Medical and sanitary report on the native army of Bombay for the year
Year: 1878
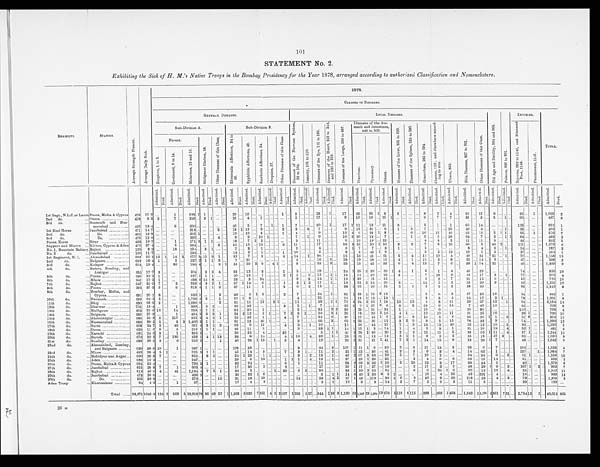
101
STATEMENT No. 2,
Exhibiting the Sick of H. M.'s Native Troops in the Bombay Presidency for the Year 1878, arranged according to authorized Classification and Nomenclature.
REGIMENT.
STATION.
A v e r a g e S t r e n g t h P r e s e n t .
A v e r a g e D a i l y S i c k .
1878.
CLASSES OF DISEASES.
GENERAL DISEASES.
LOCAL DISEASES.
O l d A g e a n d D e b i l i t y , 9 0 4 a n d 9 0 5 .
P o i s o n s , 9 0 6 t o 9 9 1 .
INJURIES.
TOTAL.
Sub-Division A.
Sub-Division B.
D i s e a s e s o f t h e N e r v o u s S y s t e m ,
59 t o 104.
I n s a n i t y , 1 0 5 t o 1 1 0 .
D i s e a s e s o f t h e E y e , 1 1 1 t o 1 8 5 .
D i s e a s e s o f t h e H e a r t , 2 1 9 t o 2 4 4 ,
a n d 2 5 0 t o 2 5 8 .
D i s e a s e s o f t h e L u n g s , 2 9 0 t o 3 3 7 .
Diseases of the Sto-
mach and Intestines,
449 to 500.
D i s e a s e s o f t h e L i v e r , 5 0 1 t o 5 2 0 .
D i s e a s e s o f t h e S p l e e n , 5 2 4 t o 5 3 0 .
G o n o r r h œ a , 5 8 5 t o 5 9 4 .
A b s c e s s , 8 1 9 ; a n d e l s e w h e r e a c c o r d -
i ng t o si t e.
U l c e r s , 8 5 9 .
S k i n D i s e a s e s , 8 2 7 t o 9 0 1 .
O t h e r D i s e a s e s o f t h i s C l a s s .
I n j u r i e s , 9 9 2 t o 1 1 4 6 , a n d B l i s t e r e d
F e e t , 1 1 4 8 .
P u n i s h m e n t , 1 1 4 7 .
Fevers.
M a l i g n a n t C h o l e r a , 1 8 .
O t h e r D i s e a s e s o f t h i s C l a s s .
R h e u m a t i c A f f e c t i o n s , 3 4 t o
4 2 .
S y p h i l i t i c A f f e c t i o n s , 4 3 .
S c o r b u t i c A f f e c t i o n s , 5 4 .
Dr ops i es , 57.
O t h e r D i s e a s e s o f t h i s C l a s s .
D i a r r h œ a .
D y s e n t e r y .
O t h e r s .
E r u p t i v e , 1 t o 5 .
C o n t i n u e d , 6 t o 1 4 .
M a l a r i o u s , 1 5 a n d 1 6 .
A d m i t t e d .
D i e d .
A d m i t t e d .
D i e d .
A d m i t t e d .
D i e d .
A d m i t t e d .
D i e d .
Admi t t ed.
Di ed.
A d m i t t e d .
D i e d .
Admi t t ed.
D i e d .
Admitted.
D i e d .
Admi t t ed.
D i e d .
Admi t t ed.
D i e d .
Admi t t ed.
D i e d .
A d m i t t e d .
Di ed.
A d m i t t e d .
D i e d .
A d m i t t e d .
D i e d .
A d m i t t e d .
D i e d .
A d m i t t e d .
D i e d .
A d m i t t e d .
Di ed.
A d m i t t e d .
D i e d .
A d m i t t e d .
D i e d .
A d m i t t e d .
D i e d .
A d m i t t e d .
D i e d .
A d m i t t e d .
D i e d .
A d m i t t e d .
Died.
A d m i t t e d .
D i e d .
A d m i t t e d .
Di e d .
A d m i t t e d .
D i e d .
A d m i t t e d .
D i e d .
A d m i t t e d .
D i e d .
A d m i t t e d .
D i e d .
A d m i t t e d .
D i e d .
1st Regt., N.L.C. or Lanrs Poona, Malta & Cyprus
479 17.9 ... ...
1 ...
693 1 1
. . . ... ...
20
. . . 10 ...
...
. . .
... . . .
1
. . .
3
. . . . . .
...
18
. . .
1
. . .
17
. . . 2 3
. . .
8 5 1
3 . . .
5 . . .
. . . . . . 8
. . .
2 . . .
4 ... 26
. . . 1 5 . . .
9 . . . . . . . . .
9 3 . . .
1
. . .
1 , 0 3 9
2
2nd do.
... Poona
478
8.3 2 ...
7 ...
2 4 9 . . . 3 1 ... ...
1 6 ...
4
. . . 1 ... ... . . . ... ...
2
... ... ...
17
...
...
...
9
...
1 0 ... 1 6 ...
2 5 1
. . . ... ... ...
6 ...
7 ...
7 ...
3 3
...
3 . . .
3 . . . 1 . . .
6 6 ...
. . . ...
4 8 7
3
3rd do.
... Neemuch and Nus-
seerabad
4 5 5 18 .4
. . . . . .
6
. . .
606
. . . . . . . . .
... ...
46
. . .
5
. . . 7
. . .
1
. . . 1
. . .
7 . . .
. . .
... 30
... 1 ...
1 7
1 11 ... 18 ... 21 . . . 3 ... ... ...
5 ...
1 ...
1 ...
6 6
...
1 4 . . .
. . . ... . . . . . .
1 2 5 . . . ... ...
9 9 2
1
1st Sind Horse
... Jacobabad .............
471 14. 7 ... ... ...
...
2 1 3 ...
. . . ... 2 ...
1 3 1 13
. . . 9
. . .
... . . . 2
. . .
8 ... 4 ... 7
. . . . . . . . .
9 . . 15 ...
3 1 ...
8 ...
1 ...
5
. . . 7 ... 1
. . . 2 5 ...
4 9
...
4 . . .
. . . . . . 1 . . .
5 3 . . . ...
. . .
4 8 0
1
2nd do.
...
Do.
465 18 . 8 ...
. . .
. . . . . . 265 1
. . . . . . ... ...
10
. . . 10
. . . 3
. . .
... . . . 1
. . . 4
. . . . . .
... 9
. . . . . . . . .
1 2 4
6 ...
2 3 1 8 ...
. . . ...
6 ...
1 6 ...
1 5 ...
4 6 ...
6 2
...
1 2 . . .
5 1 1 ...
55
. . . 1
. . .
5 7 0
7
3rd do.
...
Do.
476 12 . 6
. . . . . .
...
. . . 200
. . . ... ...
4
...
3
...
9
...
10 1
...
. . . ... ...
7 . . . 1 ...
9
. . . ... ...
10
3
3 0 ...
1 8 ...
7 ... ... ...
1 ...
9 ... 5 . . .
2 8
64 ...
7 . . .
2 . . . 1 1
6 4 . . . . . . . . .
4 8 9
5
Poona Horse
... Sirur
483 10 . 7
... ...
1
. . . 171 3 1
1 ... ...
1 8 ... 7
1 2
. . .
... ... ... ...
3 ... . . .
... 11 . . .
... ...
6 . . . 10 ... 19 ...
2 2 . . . ... ...
. . . ...
4 ...
4 ... 2 ...
1 1 . . . 1 1 . . .
5 . . . . . . ...
4 4 . . . ... . . .
3 5 2
5
Sappers and Miners ... Kirkee, Cyprus & Aden
470 27 . 4
...
. . .
5
...
684
. . . . . . . . . 2
...
65
. . . 13
. . . 15
. . .
... . . . 3
. .
1 1 . . . . . .
... 17 . . . . . . . . .
5 9 3
3 2 . . .
5 0 1
5 6 . . .
3
. . .
3
. . .
7 . . .
8 . . .
1 6
... 68
...
5 . . .
4 6 2 . . . . . .
1 1 1 ... ...
. . .
1 , 2 7 9
6
No. 1, Mountain Battery. Rajkot ..................
120
8.9
... ...
18
...
194
...
3 1
... ...
7
...
3
... 1
. . .
...
. . . ... ...
2 ...
...
... 4
. . .... ...
3 1
7 ...
7 ...
3 ...
1 ...
. . . ...
5 ...
. . . . . .
. . . ...
8
. . .
4 . . .
2 . . . 1 . . . 14
. . . ...
. . .
2 8 7
2
No. 2 do.
. . .
Jacobabad......... .....
166 11.7
... ... ...
...
193
. . . . . . . . . ... ...
14
...
5
... 1 ... ... ... 1 ...
1 0 . . . ...
...
2 . . .
...
...
8 . . . 3 ...
4 3 1
9 ...
. . . ... ... ...
2 ...
2 ...
1 2 ..
1 9
. . .
1 . . .
2
. . . . . . ..
2 7 ... ... ...
3 5 4
1
1 s t R e g i m e n t , N .
I . ... Ahmedabad
668 25 . 1 12 1
14 2
677 3 15 9 1 ...
32
...
7 ... 3
... ... ...
4
...
14
...
1
...
6 8
. . . . . . . .
1 5 ...
1 6 ... 41 ...
2 1 . . . 5 . . .
4
. . .
1 2 ...
1 0 ...
4 ..
4 9
...
2 4 . . .
3 1 ... 1 ...
7 7 ... ...
. . .
1 , 1 5 8
1 5
2 n d d o .
. . . Belgaum...............
632 18 . 4 1
. . .
2
. . . 227 2 1
1 3
...
7 ...
21
. . .
... ...
...
. . . ... ...
4 .. . . . ... 16 ... 3 ...
2 8... 19 ...
1 8 ...
1 6 ...
4 ..
1 ... 11 ...
2 . .
8 ...
5 2 . . . 14 . . . 3
. . . . . . . . .
47
. . . ...
. . .
5 0 8
3
3rd do.
... Kolapur
6 6 4 19 . 4 ... ...
80
...
786 4
. . . . . .
2 1
23
...
50 2 9
. . . 4 1
... ...
8
... . . .
...
23
. . .
2
...
23 ... 15 ... 4 5 ...
3 3 . . .
6
. . .
4
. . .
1 2 . . .
7 . . .
6 ... 30
1
7 4 ...
2 1 ... . . . ...
46
. . . ... . . .
1,309
9
4th do.
... Satara, Bombay, and
Assirgur
655 17 . 7 3
. . .
...
...
504
. . .
3 2 4
...
3 3
... 12
. . . 3
... ... . . .
1 . . .
5 . . .
...
... 18
... . . . ...
24
5 25
2 3 0 ...
2 0 1
4 ...
1 ...
6 ...
1 ...
4 ..
4 6 . . .
2 9 ..
. . . ... . . . . .
7 4 ... ...
. . .
8 5 0
1 0
5th do.
. . . Poona. . . . . . . . . . . . . . . . . . . . .
636 23.2
1
...
. . . . . . 657 1 1 1
... ...
20
...
12
...
1
. . . ... . . .
2 1
1 ... 1 ... 15 .. 1 1
1 3 . . .
1 4 . . . 20 ...
3 9 . . .
3 ...
. . . ...
7 ... 18 ...
9 ..
42
. . .
1 7 . . .
3 . . . 1 . . .
77
. . . ...
. . .
9 7 5
4
6th do.
. . . Mhow
641 17 . 2 1
... ... ...
488 6 14 8
... ...
28
...
3
...
24
. . .
...
. . .
. . . . . .
9
... 3 ... 14 ... 1 1
19
1
3 0 ...
1 5 ... 35 ...
. . . ... ... ...
5 ...
2 ...
7 ...
21
...
15
...
6 . . .
... . . .
5 5 .. ...
. . .
7 9 5 1 6
7th do.
. . . Rajkot.....................
647 31 . 6 7
...
2
...
938 4 3 2 1
...
37 1 14
...
6
... ... ... 1 ...
3 1 2
17 ... 1 . . . 18
. . .
2 3 2 3 4 ...
2 6 ...
3 ... ... ...
1 4 ...
5 ...
2 ...
23
...
2 0 ...
9 ... . . . ...
4 2 . . . ...
. . .
1 , 2 5 1
1 0
8th do.
. . . Poona
595 37 . 2 5 ...
8
. . .
918 4 1 1 2
...
37
. . . 11
. . .
1
.. .. ...
3 ...
6
. . . 3 ...
15
... . . . ...
3 8 3 25 . . . 30 ...
5 5 ...
5 ..
1 ...
2 ... 5 . . .
3 ...
5 8
... 20
...
. . . ... . . . . . .
9 3 ... ...
. . .
1 , 3 4 5
8
9th do.
... Bombay, Malta, and
Cyprus
691 20 . 1 8
. . .
...
...
350 1
. . . . . .
3
...
49
...
6 1 6
... ... . . .
2 ...
7
... . . . ... 24 ...
1 . . .
6 1 1
5 8 1 7 6 3 15 ...
. . . ...
. . . ...
5 ...
6 ... 3 ...
57 ...
3 5 ...
1 6
...
. . . . . .
5 4 ... ...
...
8 4 2
7
10th do.
... Neemuch
. .
659 64 . 5 5
...
. . . . . . 1,706 4 2
...
1
...
27 1 9
. . .
... ... ... ...
. . . ...
4 ... . . .
...
25 ... . . . ...
1 6 . . . 18 1 1 3 ... 13 1 ...
. . .
...
. . . 3
. . . 3 ...
4 ...
3 4 . . .
1 7 . . .
3 1 . . . . . .
7 8 . . . ...
. . .
1 , 9 8 1
8
11th do.
. . . Bhuj
630 68 . 6 2
...
...
...
1,686 6
. . . ...
2
...
51
. . . 11
. .
12
. . . 2 1
... ...
1 1 ... ... ... 39 . . . 1 1
7 9 3
2 4 2 2 5 1 18 . . .
1 0 ..
1 5 ...
4 ...
8 . . .
1 1 ...
2 9
...
37
...
1 2 . . . 1 . . .
9 4 ... ...
. . .
2 , 1 8 4
1 4
12th do.
. . .
Dharwar
702 18 . 4 ...
. . .
1
...
339
. . . 5 2
. . . ...
50
...
35
... ... ... ... . . . 3 ...
5
... 1 ... 7 ... . . . . . .
2 5 3
6 1 2 7 2
6 ...
3 ...
3 ...
2 4 ...
9 . . . 14 ...
7
...
4 0 ... 16 . . . ... . . .
8 2 . . . ...
. . .
7 0 8 8
13th do.
. . .
Malligaum
663 22 . 6 12 ... 14
...
258 1 1 1
... ...
35
...
30
...
1
. . .
... . . .
. . . . . .
2
... . . ....
35
...
2 2
3 8 . .
2 3 . . . 3 1 ...
2 4 . . .
1 . . .
. . . . . .
1 8 . . . 6 . . .
. . . ...
2 6 . . .
3 6 . . .
. . . . . . . . . . . .
1 1 0 . . . ...
. . .
7 0 3 4
14th do.
. . .
Belgaum
6 3 6 27 . 9
. . . . . .
1
...
4 3 4 2 2 2 1
...
2 3 2
12
...
2
1
...
. . . 7 2
5 1 ...
... 26 . . . 3 1
2 0 1
1 8 . . . 2 0 2
1 6 . . .
4 1 . . . . . .
1 0 . . . 1 0 . . . 1 1 ...
2 1 . . . 2 5 . . .
1 6 . . . . . . . . .
3 9 1 ...
. . .
7 2 6
1 6
15th do.
... Ahmednugur ............
686 23.9 2
...
117
...
355 2 4 2 1
...
52
. . .
32
...
1 . . .
... . . .
4 . . .
7
. . . . . .
...
33 .. 2 . .
2 6 1
1 7 . . . 4 5 1
7 . . .
9 . . . 3
. . .
1 4
. . .
5 .
2 ...
3 5 . . .
2 6 1
1
. . . 2 . . .
5 1 8 . . . . . .
8 5 3
1 5
16th do.
... Nusseerabad ............
683 80.5 5
...
3 3 1,400 3 1 1
...
91
...
13
...
46
1 ... ...
. . . . . .
3
. . . . . .
... 66
. . . 3 . . .
6 2 2
2 2
. . . 2 6 ..
1 5 . . .
3 2
9
. . .
8
. . .
5 . . 1 5 ..
7 8 . . . 3 3 . . . 9
. . . . . . . . .
7 4 . . . ...
. . .
1 , 9 9 0
1 2
17th do.
... Surat
668 24.7 3
...
46
. . . 661 4 3 1 3
...
69
...
6 ...
12
. . . ... ...
4
. . .
2
. . . 1 ...
10
. . . . . . . . .
1 5 . . .
5 6
. . . 4 4 ...
2 7 . . .
7 . . .
3
. . .
1 4
. . .
1 3 . .
4 9 ...
2 2 . . .
1 2 . . . 1 6 . . . 2 . . .
3 0 . . . ...
. . .
1 , 1 3 0
5
18th do.
. . .
Deesa......
629 11.0 9 ...
6 ...
210 1 1 1
... ...
25
...
11
...
2
... ... . . .
. . . . . .
2
. . . . . .
...
33 1 1 . . .
1 4 1
1 5
1 3 ...
1 4 . . .
1 . . .
4
. .
5
. . .
3 . . .
1 ...
3 1 . . .
1 6 . . .
1 8 . . . 4 . . .
5 2 1 ...
. . .
4 8 1
6
19th do.
. . .
Karachi
681 24.6 3 ...
1
...
835 5 ...
. . . ... ...
20
...
22
...
4
... ... . . . 22 . . .
. . . . . . . . .
... 5
. . . 1 1
4 1 3
2 8
1 3 0 ...
2 6 . . .
2 . . .
2
. . .
1 1 . . .
1 1 . . .
5 ...
3 8 . . .
6 5 1
1 1 . . . 4 . . .
5 7 1 ...
. . .
1 , 2 4 4
1 2
20th do.
... Baroda .........
670 22.5 7
. . . 186
. . . 458 1 4 1 13
...
3 8 ...
8
...
14
. . .
...
. . . 4
1
1 3
. . . 4 ...
3 9 . . . 1 . . .
2 3 2
3 1
. . . 1 3 ...
1 2 . . .
5 1
1
. . .
9 . . .
5
. . .
5 ...
3 3 . . .
1 5 . . .
2 7
3 . . . .
8 2 . . . ...
. . .
1 , 0 5 0
9
21st do.
... Bombay
693 29.6 3
...
6
...
652 2
. . . . . .
1
...
40
...
23 1 12
. . .
1 ...
3 . . .
4
. . . . . .
...
19 . . . . . . . . .
2 2 2
3 1
. . . 2 1 1
4 1 . . .
7 2
1
. . .
1 4 . . .
1 5 . . .
9 ...
3 3 . . .
2 9 1
7
. . . . . . . . .
4 8 . . . ... . . .
1 , 0 4 2
9
22nd do.
... Ahmedabad, Bombay,
and Belgaurn .........
626 38.6 10 ...
1
...
587 1
...
. . .
. . .
...
108
...
39
. . . ...
... ... ..
. . . . . .
3
. . . . . .
... 44
. . .
3 . . .
1 0 7 1
5 1
1 6 ...
3 5 . . .
2 . . .
3
. . .
1 1 . . .
1 3 . . .
3 ...
9 2 . . .
6 . . .
7
. . .
. . . . . .
1 9 2
. . .
...
. . .
1 , 3 2 3
3
23rd do.
... Mhow
682 28.4 5 1 ...
. . .
625 3 1
1 ... ...
45
...
14 .. 5
. . .
...
. . . 7 . . .
3
1 . . .
...
11 . . . 2 . . .
22
1
3 2
. . . 3 6 ...
4 1 . . .
2
. . .
2
. . .
9
. . .
3 . . .
4 ...
1 4 . . .
6 2 . . .
1
. . . . . . . . .
1 3 7 . . . 1
. . .
1 , 0 8 4
7
24th do.
... Mehidpur and Augar...
6 9 0 26.3 7
. . . ... ...
855
. . .
8
5 ... ...
2 4 1 23
. . . 1
1 ... . . .
. . . . . .
3
. . . 2 ... 13
. . . 1 . . .
4 6 2
6 7 3 3 8 ...
2 9 . . .
5 . . .
7
. . .
1 0 . . .
2 . . .
. . . ...
2 4 . . .
2 4 . . . 6
. . . 2 . . .
6 1 1 ... . . .
1 , 2 5 8
1 3
25th do.
... Aden
688 15.3
. . . ... ...
...
247
. . . . . . . . . ... ...
29
. . .
5
...
10
. . . ... ...
1
1
1
. . . 4 ... 13
. . . 1 . . .
2 7 . . .
3 9
1 2 9 ...
2 5 . . .
. . . . . .
2
. . .
4
. . .
6 . . .
6
...
6 3 . . .
1 6 . . .
1 4
. . . . . . . . .
5 1 . . .
. . . . . .
5 9 3
2
26th do.
... Poona, Malta & Cyprus
694 25.4 ... ... ...
...
795 3 1
... ... ...
32
...
24
...
... . . .
...
. . .
6 . . .
1
. . . . . .
... 11
. . . . . . . . .
6 3 2
6 9
3 9 2 1
1 0 . . .
5
. . .
1 0
. . .
2 2 . . .
3 . . .
1 7 ...
3 9 . . .
3 4 . . .
5
. . . . . . . . .
4 0 . . . ... . . .
1 , 2 7 9
9
27 th do.
... Jacobabad. ......... ......
655 28.8 7 ...
1 ...
605 4
. . . ... ... ...
17
...
36
...
2
... ... . . .
2 . . .
. . .
. . . . . .
... 17
. . . . . . . . .
2 6 1
1 7 . . . 2 7 ...
1 0 . . .
. . . . . .
2
. . .
1 7 . . .
3 . . .
7 ...
4 8 . . .
2 9 1
9
. . . 2 . . .
1 0 7 1 2
. . .
9 9 3
7
28th do.
... Rajkot ... ....
612 40.6 4
. . . 41
. . .
1 , 1 3 4 4 7 5 1 ...
3 0 ... 5
. . . ...
. . .
1 . . . 22 . . . 6
2 . . . ... 36
. . . . . . . . .
3 8 1
3 0 2
3 5 ...
2 4 . . .
. . .
. . .
6
. . .
6
. . . 2 6 1
6 ...
2 0 . . .
1 3 . . .
1 2
. . . 4 . . .
3 5 . . . ... . . .
1 , 5 4 2
1 5
29th do.
... Jacobabad ...............
473 26.6
. . . . . .
...
. . .
426 2
. . .
. . .
. . . ...
36
. . .
32 1 6
.. ... ...
... . . .
. . .
. . . . . . .. 3
. . .
1 1
1 4 3
4 0
1 3 2 4
5 1
. . . . . .
. . . . .
1 0 . . .
4 . . .
2 5 ...
4 2 . . .
2 9 1 . . .
4
. . . . . . . . .
1 8 . .
. . . . . .
9 8 9
1 3
30th do.
...
Do.
565 30.8 ... ... ...
...
570
. . . ... ...
10
...
31
...
18
. . .
10
... ... ...
. . .
. . .
1 4
. . . . . .
...
2 3
. . . 4 1
6 7 1
4 2
. . . 1 7 9 ...
3 6 1
6
. . . 9
. . .
3 0 . . .
9 . . .
2 0 ...
1 1 8 . . .
2 3 . . .
4
. . . 3 . . .
7 9 . . .
. . . . . .
1 , 3 0 5
3
Aden Troop
... Khormaksar ...........
94
4.2 ...
. . .
1
. . .
6 7 . . .
... ...
... ...
1 7
...
3
. . .
9
. . .
...
. . .
. . .
. . .
. . .
. . .
. . .
...
2
. . . 1 . . .
1 0 . . .
9
. . .
3 ...
1 4
. . .
3 . . .
7
. . .
2
. . .
6 . . .
2 ...
11 . . .
5
. . .
. . .
. . .
. . .
. . .
2 0
. .
...
. . .
1 9 2
. . .
Total .. .... 23,671 1042.8
124 2 569 5 23,918
7 8 86 49 57 1 1,368 6 626 7 251 4 9 2 107 5 203 5 27 ... 844
1 38 9 1,190 52 1,057 2 3 1,394 19 870 5 118 6 115 ... 398 ... 269
1 403 ... 1,642
1
1,178 4 361
7 31 ... 2,754 13
5 ... 40,012 305
26 m